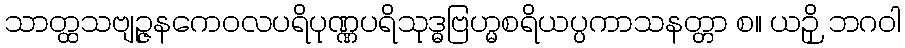
သာတ္ထသဗျဉ္ဇနကေဝလပရိပုဏ္ဏပရိသုဒ္ဓဗြဟ္မစရိယပ္ပကာသနတ္တာ စ။ ယဉှိ ဘဂဝါ